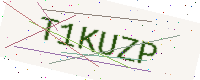
Text: T1KUZP